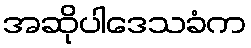
အဆိုပါဒေသခံက